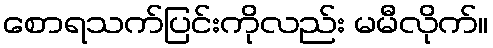
စောရသက်ပြင်းကိုလည်း မမီလိုက်။